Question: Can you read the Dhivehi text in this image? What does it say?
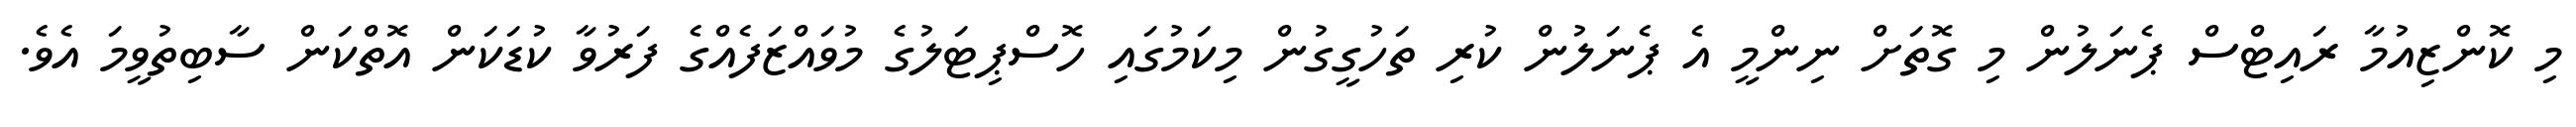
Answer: މި ކޮންޒިއުމާ ރައިޓްސް ޕެނަލުން މި ގޮތަށް ނިންމީ އެ ޕެނަލުން ކުރި ތަހުގީގުން މިކަމުގައި ހޮސްޕިޓަލުގެ މުވައްޒަފެއްގެ ފަރުވާ ކުޑަކަން އޮތްކަން ސާބިތުވީމަ އެވެ.